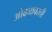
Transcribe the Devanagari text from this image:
ओढ्यावरती